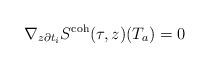
LaTeX: \begin{align*} \nabla_{z\partial t_i} S^\textnormal{coh}(\tau,z)(T_a) = 0 \end{align*}